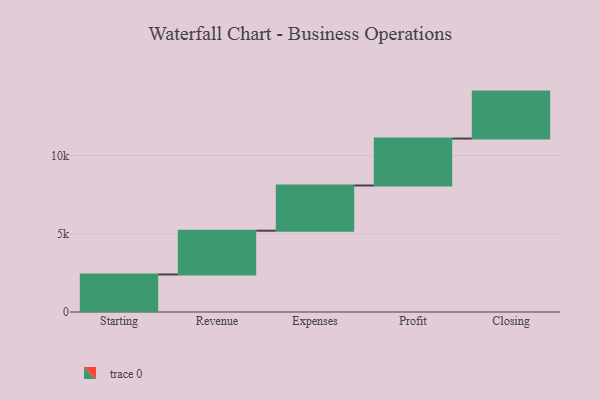
{"axis": {"x": "Step", "y": "Value"}, "legend": [""], "data": [{"x": "Starting", "y": 2399.0, "type": ""}, {"x": "Revenue", "y": 2796.0, "type": ""}, {"x": "Expenses", "y": 2888.0, "type": ""}, {"x": "Profit", "y": 3000, "type": ""}, {"x": "Closing", "y": 3000, "type": ""}]}